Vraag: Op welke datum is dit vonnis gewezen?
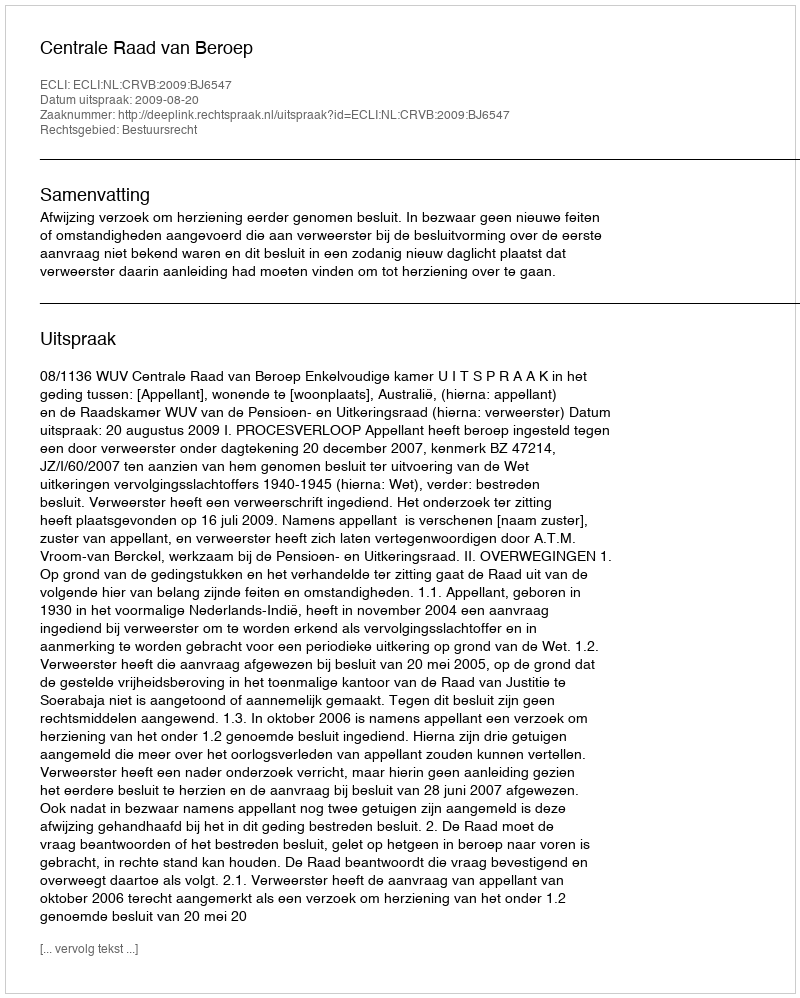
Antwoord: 2009-08-20